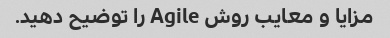
مزایا و معایب روش Agile را توضیح دهید.